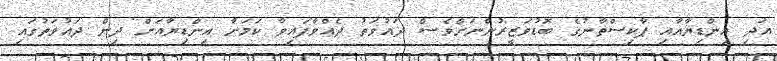
އަދި އިންޑިޔާއާއި ޕާކިސްތާނުގެ ބޮޑުވަޒީރުންނަށްވެސް ދައުވަތު ދެއްވާފައިވާ ކަމަށާ އިންޑިޔާއަށް ދިން ދައުވަތުގައި